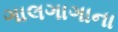
ગાલગાગાના